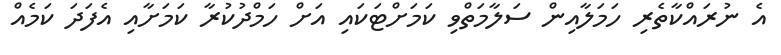
އެ ނުރައްކާތެރި ހަމަލާއިން ސަލާމަތްވި ކަމަށްޓަކައި އަށް ހަމްދުކުރާ ކަމަށާއި އެފަދަ ކަމެއް